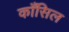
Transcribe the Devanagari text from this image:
काँसिल